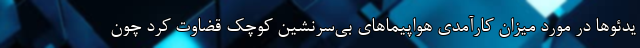
یدئوها در مورد میزان کارآمدی هواپیماهای بی‌سرنشین کوچک قضاوت کرد چون